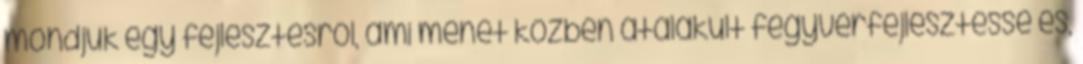
mondjuk egy fejlesztésről, ami menet közben átalakult fegyverfejlesztéssé és,